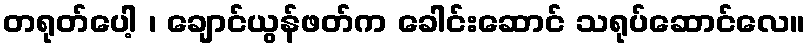
တရုတ်ပေါ့ ၊ ချောင်ယွန်ဖတ်က ခေါင်းဆောင် သရုပ်ဆောင်လေ။